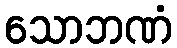
သောဘဏံ